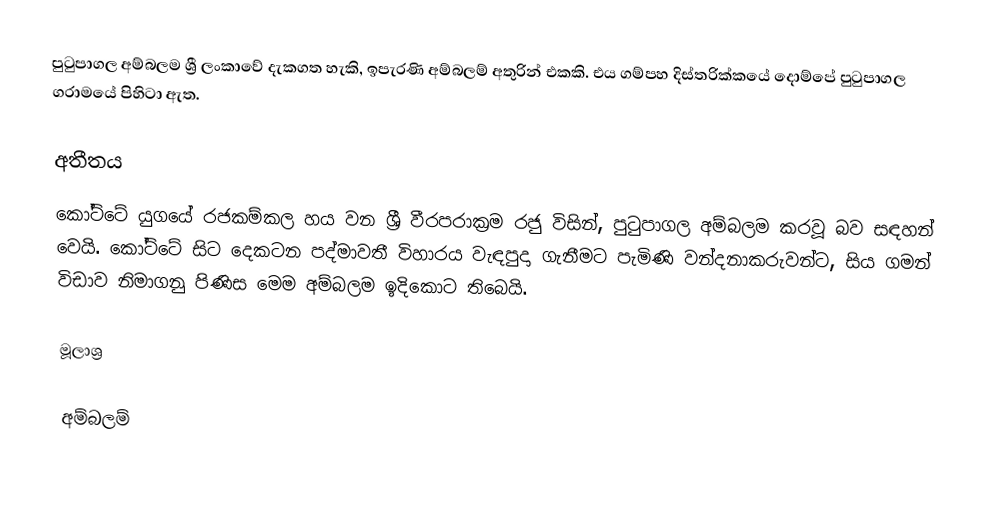
පුටුපාගල අම්බලම ශ්‍රී ලංකාවේ දැකගත හැකි, ඉපැරණි අම්බලම් අතුරින් එකකි. එය ගම්පහ දිස්ත‍්‍රික්කයේ දොම්පේ පුටුපාගල ග‍්‍රාමයේ පිහිටා ඇත.

අතීතය
කෝට්ටේ යුගයේ රජකම්කල හය වන ශ‍්‍රී වීරපරාක‍්‍රම රජු විසින්, පුටුපාගල අම්බලම කරවූ බව සඳහන් වෙයි. කෝට්ටේ සිට දෙකටන පද්මාවතී විහාරය වැඳපුදා ගැනීමට පැමිණි වන්දනාකරුවන්ට, සිය ගමන් විඩාව නිමාගනු පිණිස මෙම අම්බලම ඉදිකොට තිබෙයි.

මූලාශ්‍ර

අම්බලම්